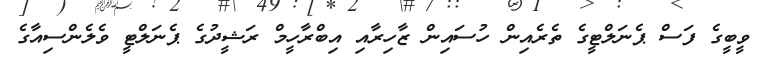
ވީބީގެ ފަސް ޕެނަލްޓީގެ ތެރެއިން ހުސައިން ޒާހިރާއި އިބްރާހީމް ރަޝީދުގެ ޕެނަލްޓީ ވެލެންސިއާގެ